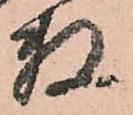
数